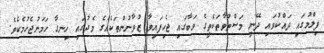
ފިލްމުގައި ދައްކުވައި ދޭނީ މަސްތުވާތަކެތީގެ ވަބާގައި ޖެހިފައިވާ ޒުވާނުންތަކެއްގެ މެދުގައި ހިނގާ ހަމަނުޖެހުމެކެވެ.